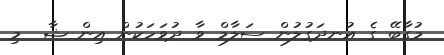
މުގާބޭ ގެ އުނދަގުލުން ސަލާމް ވާ ދުވަހަކުން އިން ޝާ  މި